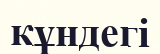
кұндегі